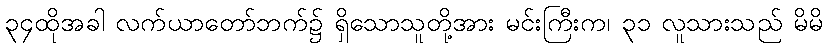
၃၄ထိုအခါ လက်ယာတော်ဘက်၌ ရှိသောသူတို့အား မင်းကြီးက၊ ၃၁ လူသားသည် မိမိ